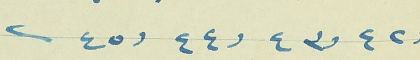
و٤٢ و٤٣ و٤٤ و٤٥.